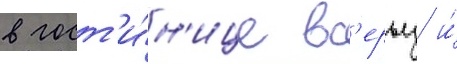
в гост'и́н'ице вс'ерьез и́